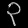
Digit: ၃